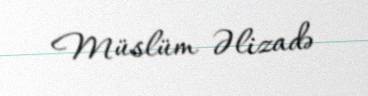
Müslüm Əlizadə